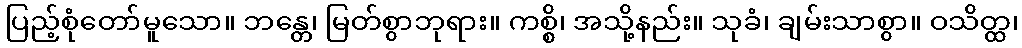
ပြည့်စုံတော်မူသော။ ဘန္တေ၊ မြတ်စွာဘုရား။ ကစ္စိ၊ အသို့နည်း။ သုခံ၊ ချမ်းသာစွာ။ ဝသိတ္ထ၊